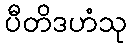
ပီတိဒဟံသု